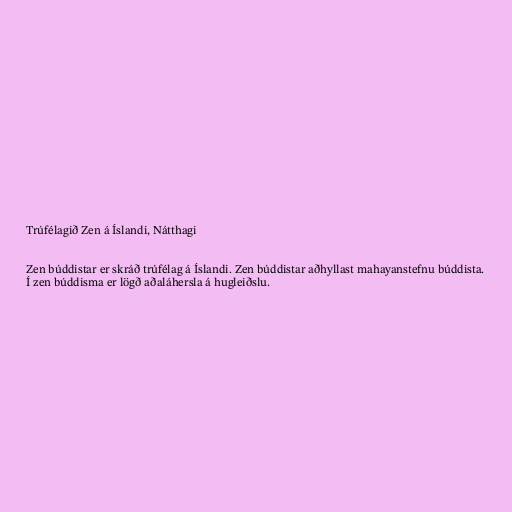
Trúfélagið Zen á Íslandi, Nátthagi

Zen búddistar er skráð trúfélag á Íslandi. Zen búddistar aðhyllast mahayanstefnu búddista.
Í zen búddisma er lögð aðaláhersla á hugleiðslu.